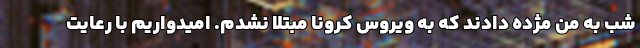
شب به من مژده دادند که به ویروس کرونا مبتلا نشدم. امیدواریم با رعایت